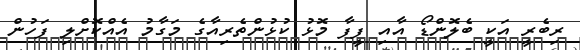
ރިބެރީ އަކީ ބެލޮންޑޯ އާއި ފީފާ މޮޅު ކުޅުންތެރިއާގެ މަގާމު އެއްކޮށްލި ފަހުން